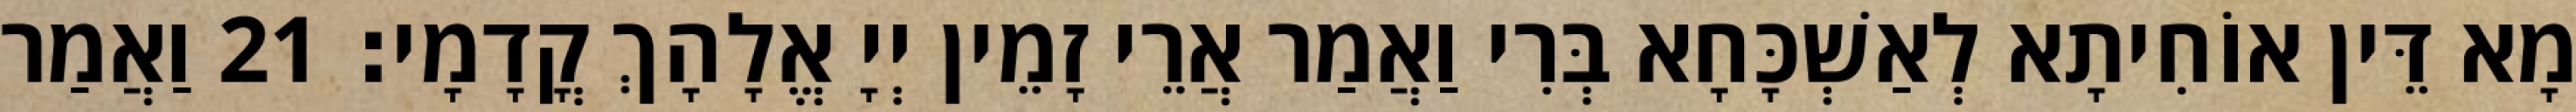
מָא דֵּין אוֹחִיתָא לְאַשְׁכָּחָא בְּרִי וַאֲמַר אֲרֵי זָמֵין יְיָ אֱלָהָךְ קֳדָמָי׃ 21 וַאֲמַר